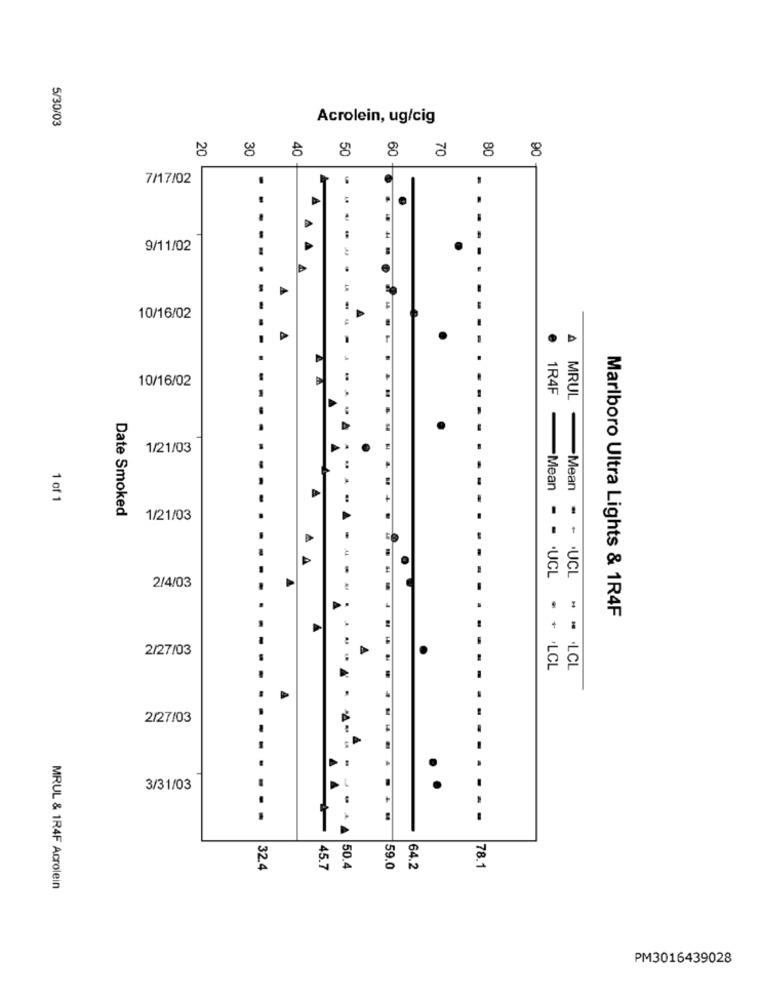
5/30/03
Acrolein, ug/cig
8 88 8 8 888
7/17/02
9/11/02
10/16/02
.
D
10/16/02
1R4F
MRUL
1/21/03
..
.Mean
1 of 1
Date Smoked
1/21/03
A
Mean - - . UCL
2/4/03
+ .UCL
Marlboro Ultra Lights & 1R4F
2/27/03
. + .LCL
. . . LCL
2/27/03
.
3/31/03
--
45.7
78.1
32.4
50.4
59.0
64.2
MRUL & 1R4F Acrolein
PM3016439028